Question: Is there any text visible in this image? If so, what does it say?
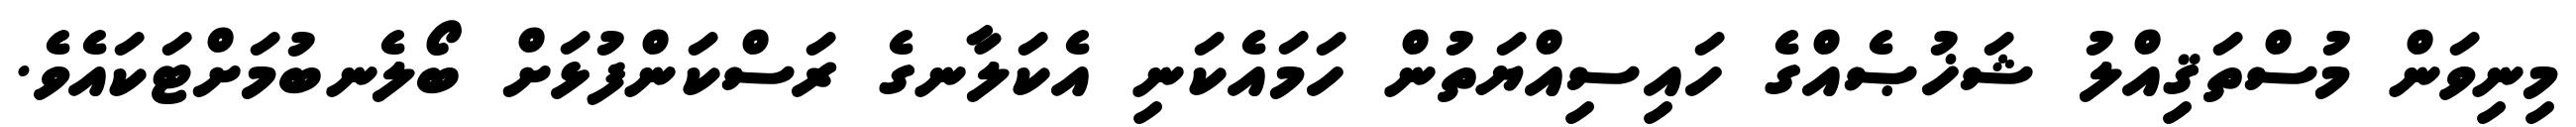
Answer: މިނިވަން މުސްތަޤިއްލު ޝަޚުޞެއްގެ ހައިސިއްޔަތުން ހަމައެކަނި އެކަލާނގެ ރަސްކަންފުޅަށް ބޯލެނބުމަށްޓަކައެވެ.